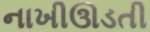
નાખીઊડતી